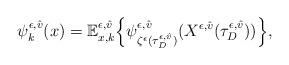
LaTeX: \begin{align*}\psi_k^{\epsilon,\hat{v}}(x) = \mathbb{E}_{x,k}^{\epsilon,\hat{v}} \Bigl\{ \psi_{\zeta^{\epsilon}(\tau_D^{\epsilon,\hat{v}})}^{\epsilon,\hat{v}}(X^{\epsilon,\hat{v}}(\tau_{D}^{\epsilon,\hat{v}})) \Bigr\}, \end{align*}